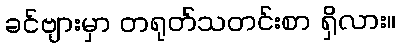
ခင်ဗျားမှာ တရုတ်သတင်းစာ ရှိလား။